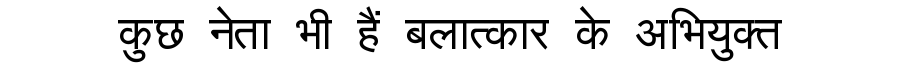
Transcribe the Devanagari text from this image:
कुछ नेता भी हैं बलात्कार के अभियुक्त